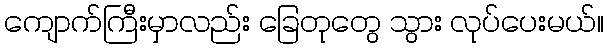
ကျောက်ကြီးမှာလည်း ခြေတုတွေ သွား လုပ်ပေးမယ်။